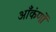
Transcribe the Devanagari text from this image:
आँकंणों